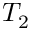
T _ { 2 }